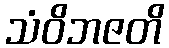
သံဝိဘဇတိ